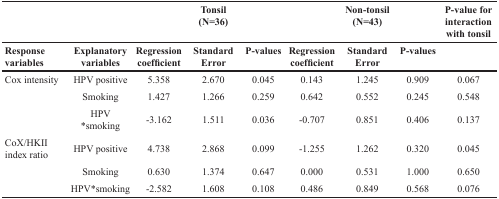
|  |  |  | Tonsil (N=36) |  |  | Non-tonsil (N=43) |  | P-value forinteractionwith tonsil |
 | Response variables | Explanatory variables | Regression coefficient | Standard Error | P-values | Regression coefficient | Standard Error | P-values |  |
 | --- | --- | --- | --- | --- | --- | --- | --- | --- |
 | Cox intensity | HPV positive | 5.358 | 2.670 | 0.045 | 0.143 | 1.245 | 0.909 | 0.067 |
 |  | Smoking | 1.427 | 1.266 | 0.259 | 0.642 | 0.552 | 0.245 | 0.548 |
 |  | HPV *smoking | -3.162 | 1.511 | 0.036 | -0.707 | 0.851 | 0.406 | 0.137 |
 | CoX/HKII index ratio | HPV positive | 4.738 | 2.868 | 0.099 | -1.255 | 1.262 | 0.320 | 0.045 |
 |  | Smoking | 0.630 | 1.374 | 0.647 | 0.000 | 0.531 | 1.000 | 0.650 |
 |  | HPV*smoking | -2.582 | 1.608 | 0.108 | 0.486 | 0.849 | 0.568 | 0.076 |